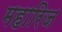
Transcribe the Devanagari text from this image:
महारिज